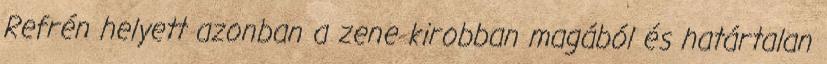
Refrén helyett azonban a zene kirobban magából és határtalan